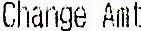
CHANGE AMT